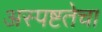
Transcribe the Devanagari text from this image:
अस्पष्टतेचा